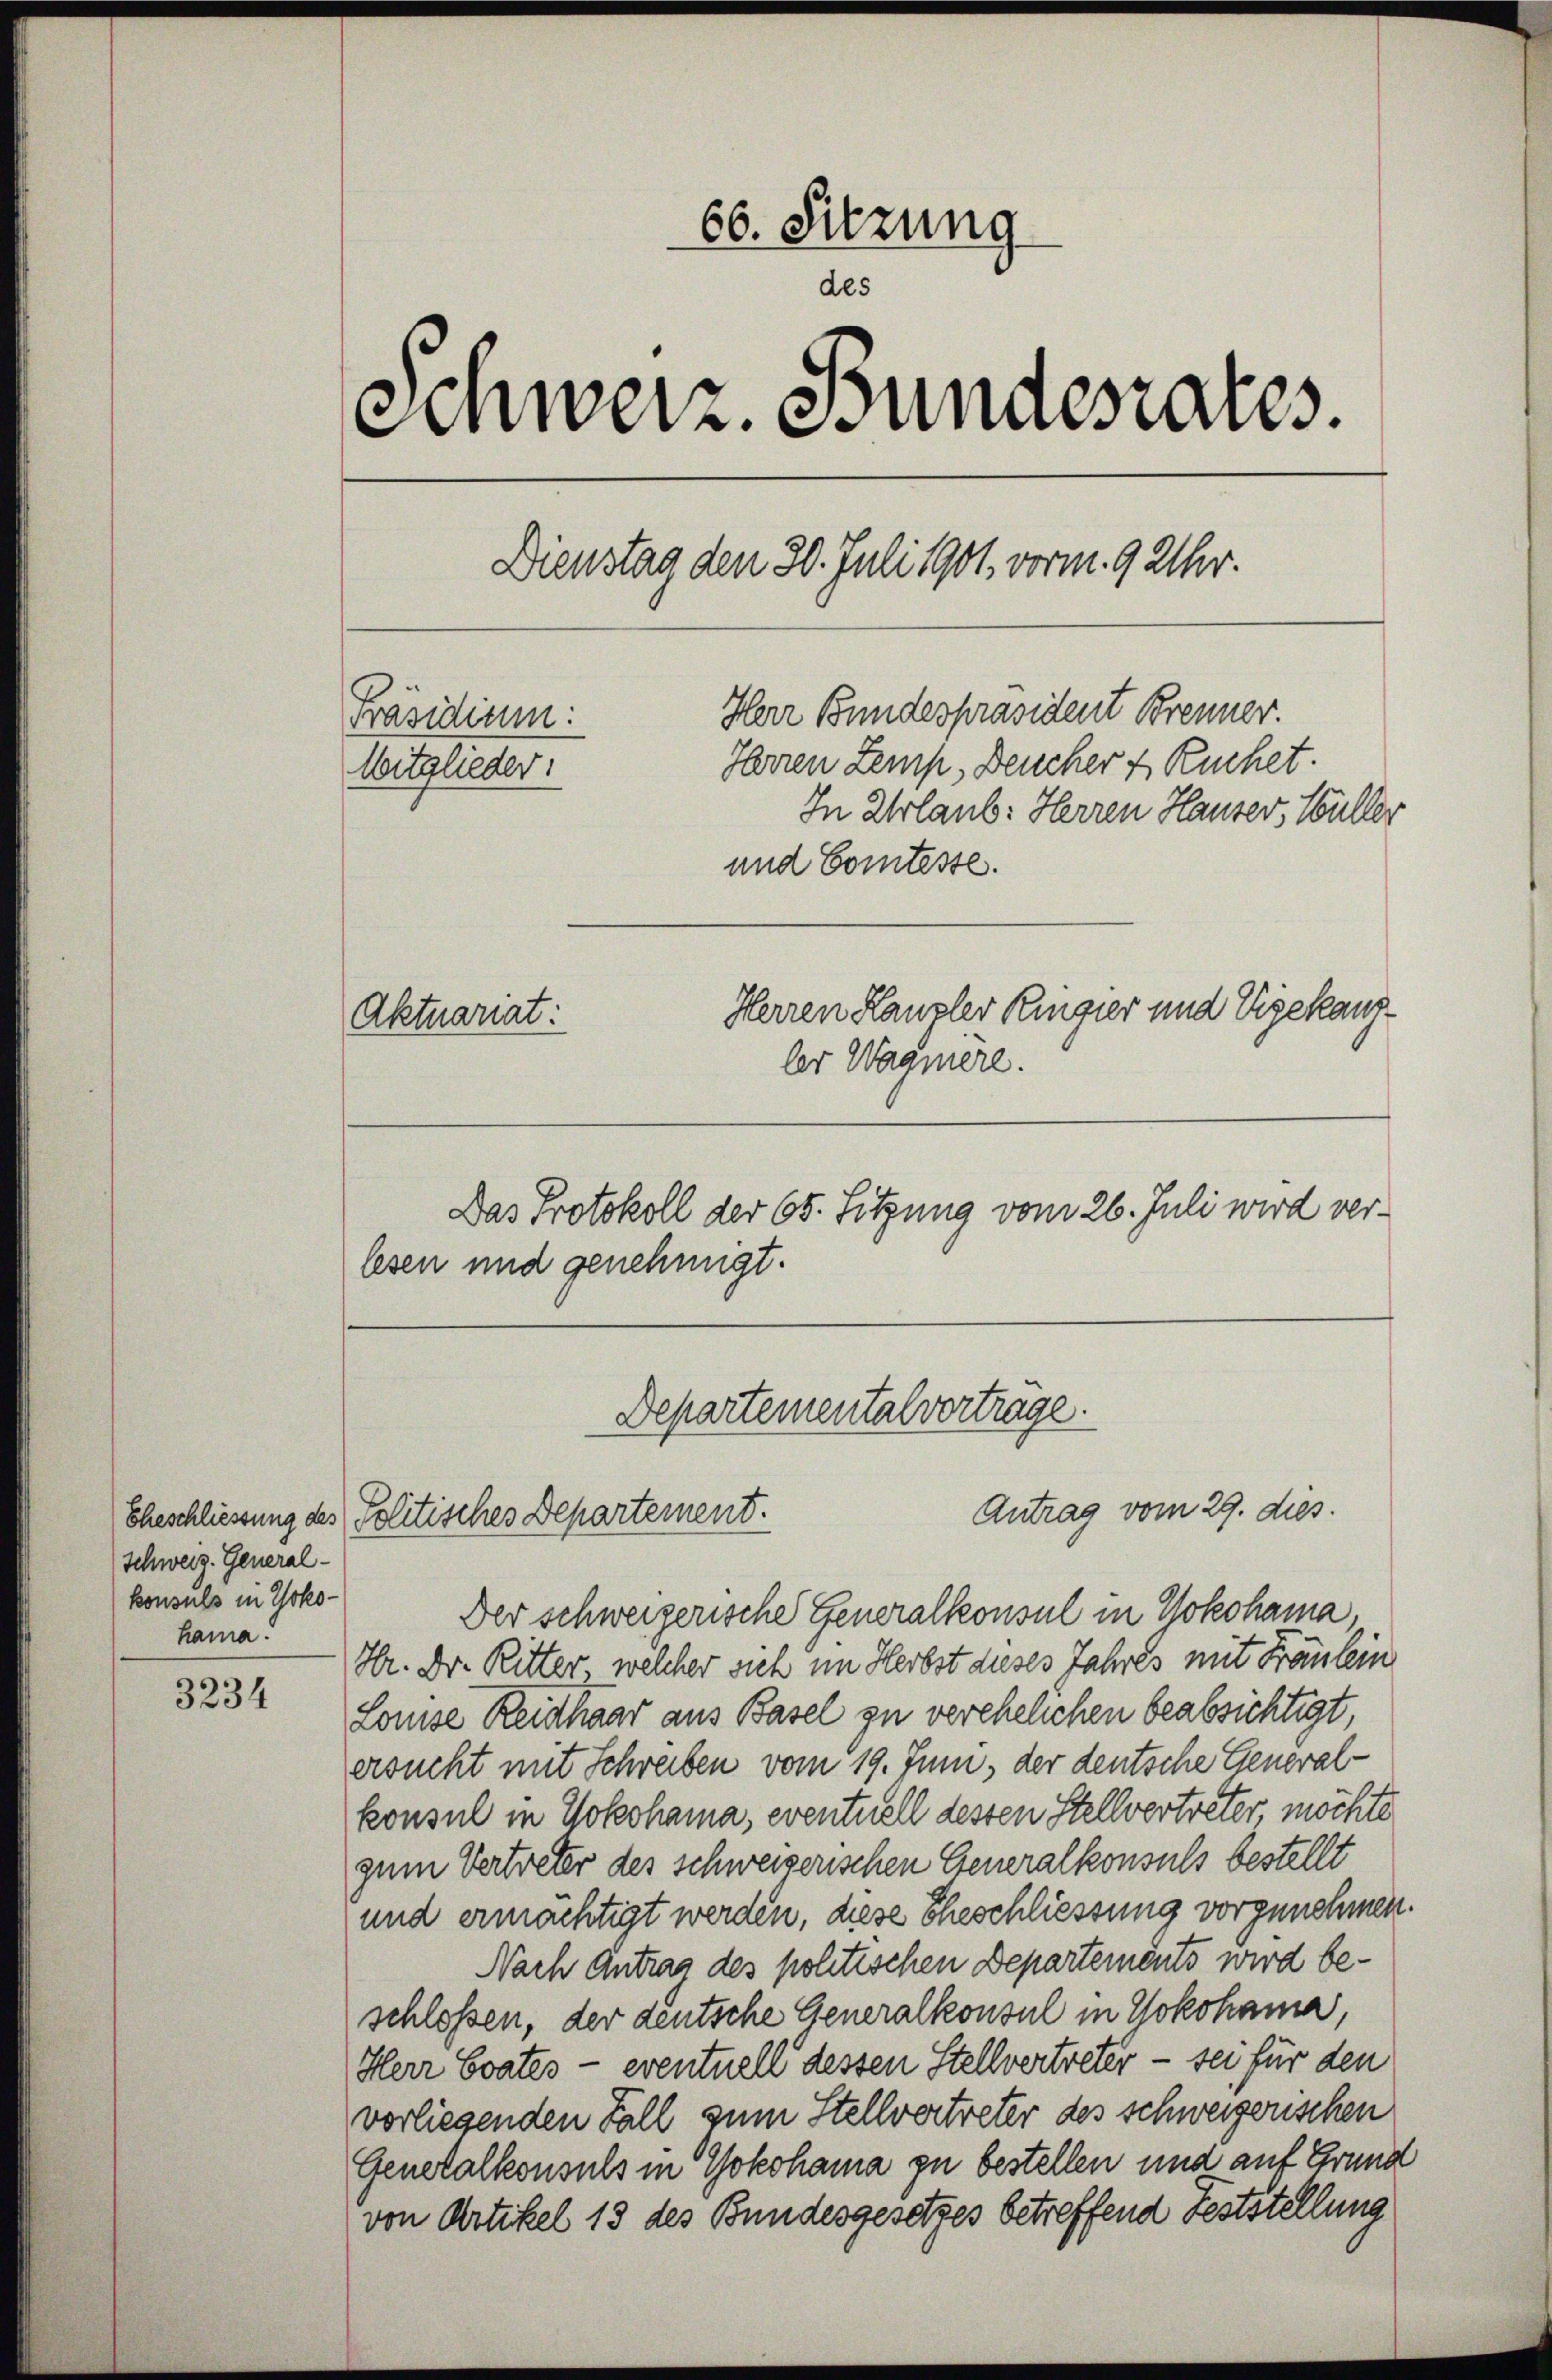
Schweiz. General-
konsuls in Yokohama.

3234

66. Sitzung
des
s
Schweiz. Bundesrates.
Dienstag den 30. Juli 1901, vorm. 9 Uhr.
Herr Bundespräsident Brenner.
Präsidium:
Ihrren Zemp, Deucher & Ruchet.
Mitglieder:
In Urlaub: Herren Hauser, Müller
und Comtesse.
Herren Kanzler Ringier und Eigekanz¬
Aktuariat:
ler Wagnere.

lesen und genehmigt.

Der schweizerische Generalkonsul in Yokohama,
Hr. Dr. Ritter, welcher sich im Herbst dieses Jahres mit Fräulein
Louise Reithaar aus Basel zu verehelichen beabsichtigt,
ersucht mit Schreiben vom 19. Juni, der deutsche General-
konsul in Yokohama, eventuell dessen Stellvertreter, möchte
zum Vertreter des schweizerischen Generalkonsuls bestellt
und ermächtigt werden, diese Eheschliessung vorzunehmen.
Nach Antrag des politischen Departements wird beschloßen, der deutsche Generalkonsul in Yokohama,
Herr Evates - eventuell dessen Stellvertreter - sei für den
vorliegenden Fall zum Stellvertreter des schweizerischen
Generalkonsuls in Yokohama zu bestellen und auf Grund
von Artikel 13 des Bundesgesetzes betreffend Feststellung

Das Protokoll der 65. Sitzung vom 26. Juli wird ver¬

Departementalvertrage.
Antrag vom 29. dies
Eheschliessung des Politisches Departement.